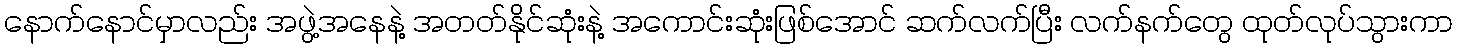
နောက်နောင်မှာလည်း အဖွဲ့အနေနဲ့ အတတ်နိုင်ဆုံးနဲ့ အကောင်းဆုံးဖြစ်အောင် ဆက်လက်ပြီး လက်နက်တွေ ထုတ်လုပ်သွားကာ